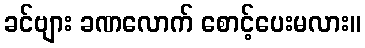
ခင်ဗျား ခဏလောက် စောင့်ပေးမလား။